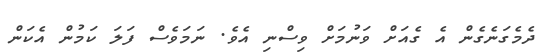
ދެމެގަނެގެން އެ ގެއަށް ވަނުމަށް ވިސްނި އެވެ. ނަމަވެސް ފަލަ ކަމުން އެކަން